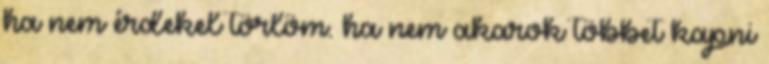
ha nem érdekel törlöm. ha nem akarok többet kapni